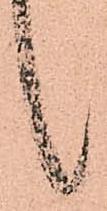
候